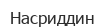
Насриддин